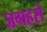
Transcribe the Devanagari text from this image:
जगहसे